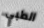
الطبي